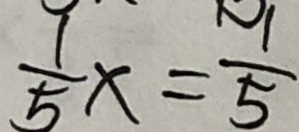
\frac { 1 } { 5 } x = \frac { 1 } { 5 }